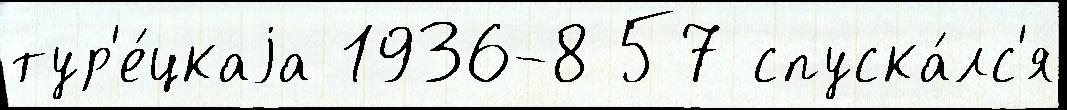
тур'е́цкаjа 1936-8 57 спуска́лс'я